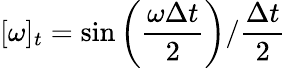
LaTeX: [\omega]_{t}=\sin\left(\frac{\omega\Delta t}{2}\right)/\frac{\Delta t}{2}